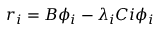
r _ { i } = B \phi _ { i } - \lambda _ { i } C { i } \phi _ { i }